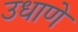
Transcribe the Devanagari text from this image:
उधाणे